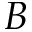
B